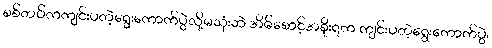
စစ်တပ်ကကျင်းပတဲ့ရွေးကောက်ပွဲလို့မသုံးဘဲ အိမ်စောင့်အစိုးရက ကျင်းပတဲ့ရွေးကောက်ပွဲ၊